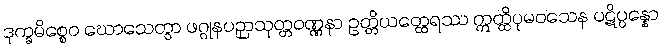
ဒုက္ခမိစ္စေဝ ဃောသေတွာ ဖဂ္ဂုနပဉှာသုတ္တဝဏ္ဏနာ ဥတ္တိယတ္ထေရဿ ဣတ္ထိပုမဝသေန ပဋိပ္ပန္နော